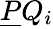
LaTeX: {\underline{{P}}}Q_{i}